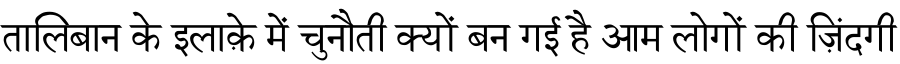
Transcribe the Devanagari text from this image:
तालिबान के इलाक़े में चुनौती क्यों बन गई है आम लोगों की ज़िंदगी